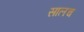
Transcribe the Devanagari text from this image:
सालच